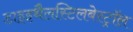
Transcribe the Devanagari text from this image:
डाइइथैलस्टिलबेस्ट्रॉल